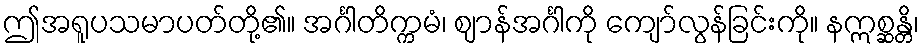
ဤအရူပသမာပတ်တို့၏။ အင်္ဂါတိက္ကမံ၊ ဈာန်အင်္ဂါကို ကျော်လွန်ခြင်းကို။ နဣစ္ဆန္တိ၊